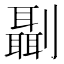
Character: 𠠨